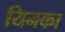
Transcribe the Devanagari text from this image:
यिनका